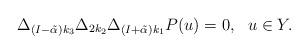
LaTeX: \begin{align*}\Delta_{(I-\tilde\alpha)k_3}\Delta_{2k_2}\Delta_{(I+\tilde\alpha)k_1}P(u) = 0, \ \ u \in Y.\end{align*}